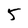
Character: 5